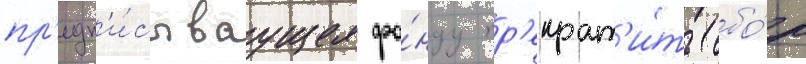
пр'едп'и́сываущее фо́нду пр'екрат'и́ть сбо́р